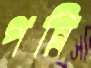
পন্নি